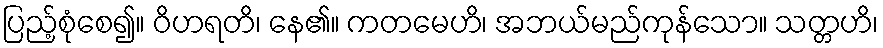
ပြည့်စုံစေ၍။ ဝိဟရတိ၊ နေ၏။ ကတမေဟိ၊ အဘယ်မည်ကုန်သော။ သတ္တဟိ၊